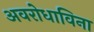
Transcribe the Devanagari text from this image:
अवरोधाविना